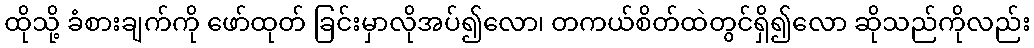
ထိုသို့ ခံစားချက်ကို ဖော်ထုတ် ခြင်းမှာလိုအပ်၍လော၊ တကယ်စိတ်ထဲတွင်ရှိ၍လော ဆိုသည်ကိုလည်း